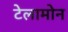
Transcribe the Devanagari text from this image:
टेलामोन